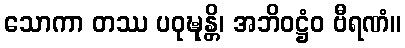
သောကာ တဿ ပဝုဍ္ဎုန္တိ၊ အဘိဝဋ္ဌံဝ ဗီရဏံ။